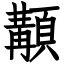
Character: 顜